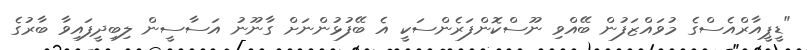
"ޑީޕީއާރްއެސްގެ މުވައްޒަފުން ބޭއްވި ނޫސްކޮންފަރެންސަކީ އެ ބޭފުޅުންނަށް ގާނޫނު އަސާސީން ލިބިދީފައިވާ ބާރުގެ